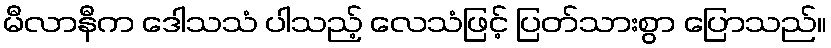
မီလာနီက ဒေါသသံ ပါသည့် လေသံဖြင့် ပြတ်သားစွာ ပြောသည်။